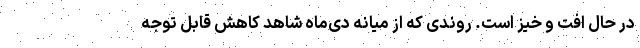
در حال افت و خیز است. روندی که از میانه دی‌ماه شاهد کاهش قابل توجه